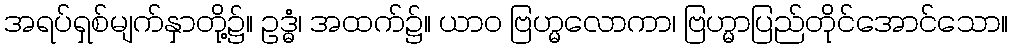
အရပ်ရှစ်မျက်နှာတို့၌။ ဥဒ္ဓံ၊ အထက်၌။ ယာဝ ဗြဟ္မလောကာ၊ ဗြဟ္မာပြည်တိုင်အောင်သော။